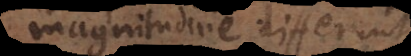
magnitudine differunt,